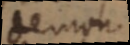
demon